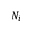
N _ { i }